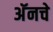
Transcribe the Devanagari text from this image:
अॅनचे